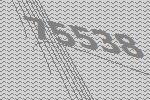
75538